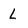
Character: l